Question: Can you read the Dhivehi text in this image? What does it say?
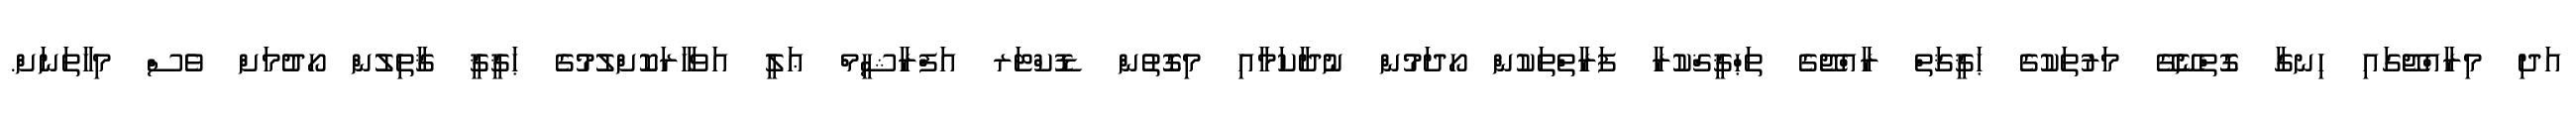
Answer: އަދި މިރާއްޖޭގައި ހިނގާ ގޮތްނޭގޭ މަރުތަކުގެ ޙަޤީޤަތް ރާއްޖޭގެ ތަޙްޤީޤްކުރާ ފަރާތްތަކުން ހޯދަމުން ނުދާކަމާއި މިގޮތުން ޑޮކްޓަރ އަފްރާޝީމް ޢަލީ އަވަހާރަކޮށްލުމުގެ ޙަޤީޤީ ޤާތިލުން ހޯދުމަށް ވެސް މިހާތަނަށް.